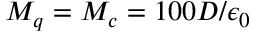
M _ { q } = M _ { c } = 1 0 0 D / \epsilon _ { 0 }